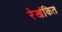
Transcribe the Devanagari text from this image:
रेखंकित